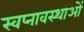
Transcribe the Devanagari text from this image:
स्वप्नावस्थाओं